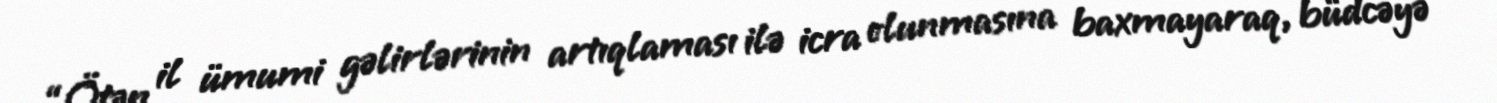
“Ötən il ümumi gəlirlərinin artıqlaması ilə icra olunmasına baxmayaraq, büdcəyə